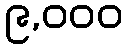
၉,၀၀၀